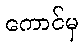
ကောင်မှ